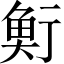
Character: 𩶷